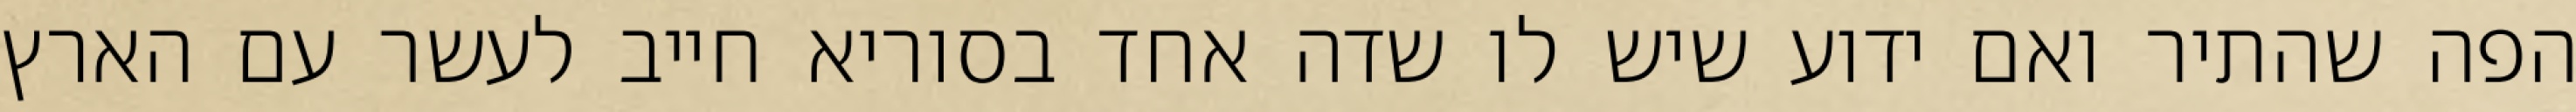
הפה שהתיר ואם ידוע שיש לו שדה אחד בסוריא חייב לעשר עם הארץ